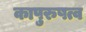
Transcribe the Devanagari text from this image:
कापुरुषत्व